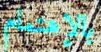
بالإهتمام